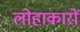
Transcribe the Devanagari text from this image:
लोहाकारों